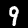
Digit: 9